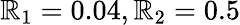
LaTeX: \mathbb{R}_{1}=0.04,\mathbb{R}_{2}=0.5